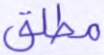
مطلق